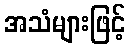
အသံများဖြင့်